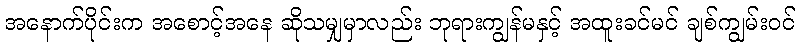
အနောက်ပိုင်းက အစောင့်အနေ ဆိုသမျှမှာလည်း ဘုရားကျွန်မနှင့် အထူးခင်မင် ချစ်ကျွမ်းဝင်